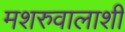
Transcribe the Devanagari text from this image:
मशरुवालाशी